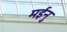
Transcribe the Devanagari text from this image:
मईनु